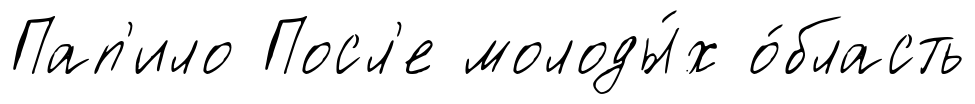
Пап'ило Посл'е молоды́х о́бласть